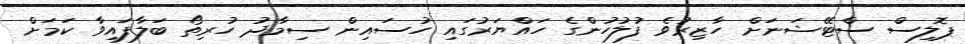
ޕޮލިސް ސްޓޭޝަނަށް ހާޒިރުވެ ފުލުހުންގެ ހައްޔަރުގައި ހުސައިން ސިމާދު ހުރިތޯ ބަލާފައިވާ ކަމަށް